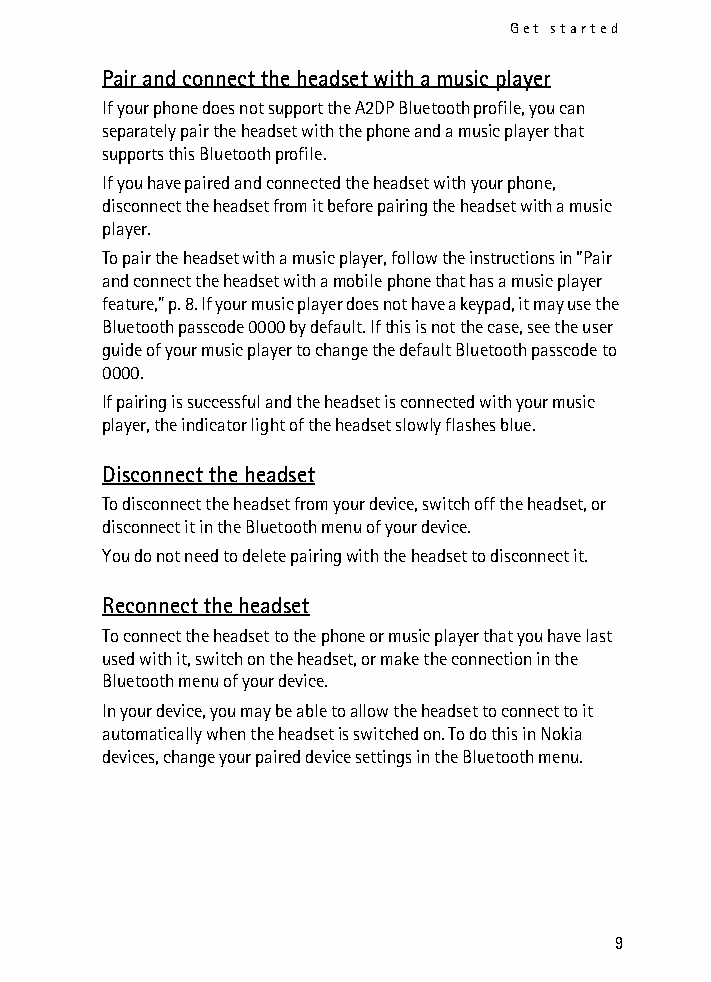
Get started
 Pair and connect the headset with a music player
 If your phone does not support the A2DP Bluetooth profile, you can
 separately pair the headset with the phone and a music player that
 supports this Bluetooth profile.
 If you have paired and connected the headset with your phone,
 disconnect the headset from it before pairing the headset with a music
 player.
 To pair the headset with a music player, follow the instructions in “Pair
 and connect the headset with a mobile phone that has a music player
 feature,” p. 8. If your music player does not have a keypad, it may use the
 Bluetooth passcode 0000 by default. If this is not the case, see the user
 guide of your music player to change the default Bluetooth passcode to
 0000.
 If pairing is successful and the headset is connected with your music
 player, the indicator light of the headset slowly flashes blue.
 Disconnect the headset
 To disconnect the headset from your device, switch off the headset, or
 disconnect it in the Bluetooth menu of your device.
 You do not need to delete pairing with the headset to disconnect it.
 Reconnect the headset
 To connect the headset to the phone or music player that you have last
 used with it, switch on the headset, or make the connection in the
 Bluetooth menu of your device.
 In your device, you may be able to allow the headset to connect to it
 automatically when the headset is switched on. To do this in Nokia
 devices, change your paired device settings in the Bluetooth menu.
 9